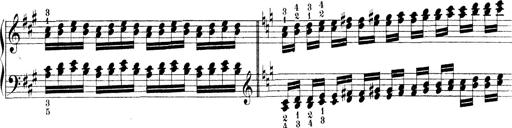
Title: Technische Studien
Composer: Franz Liszt